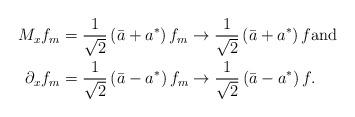
LaTeX: \begin{align*}M_{x}f_{m} & =\frac{1}{\sqrt{2}}\left( \bar{a}+a^{\ast}\right)f_{m}\rightarrow\frac{1}{\sqrt{2}}\left( \bar{a}+a^{\ast}\right) f\text{and}\\\partial_{x}f_{m} & =\frac{1}{\sqrt{2}}\left( \bar{a}-a^{\ast}\right)f_{m}\rightarrow\frac{1}{\sqrt{2}}\left( \bar{a}-a^{\ast}\right) f.\end{align*}